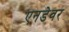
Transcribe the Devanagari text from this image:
एनडेवर